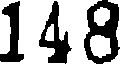
148